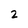
Character: 2